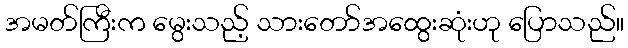
အမတ်ကြီးက မွေးသည့် သားတော်အထွေးဆုံးဟု ပြောသည်။